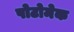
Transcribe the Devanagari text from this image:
पोटोमेक